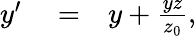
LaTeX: \begin{array}{rlr}{y^{\prime}}&{{}=}&{y+\frac{yz}{z_{0}},}\end{array}